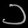
Digit: ၁